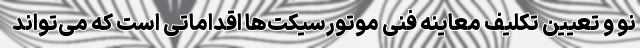
نو و تعیین تکلیف معاینه فنی موتورسیکت‌ها اقداماتی است که می‌تواند